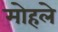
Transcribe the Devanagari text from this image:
माेहले